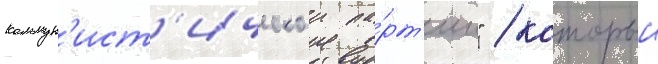
коммун'ист'ическои па́рт'ии" / которыи